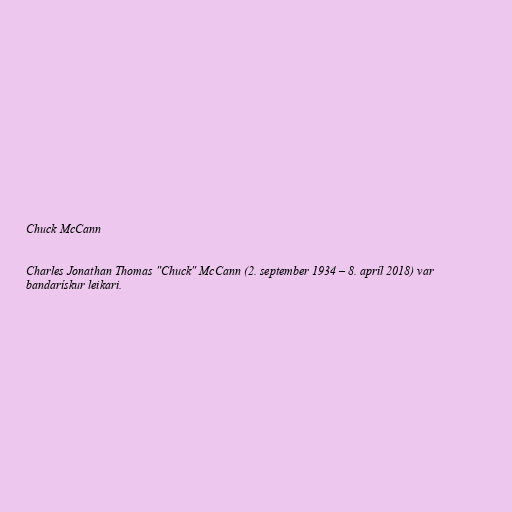
Chuck McCann

Charles Jonathan Thomas "Chuck" McCann (2. september 1934 – 8. apríl 2018) var
bandarískur leikari.